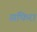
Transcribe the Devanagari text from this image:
सफिरा